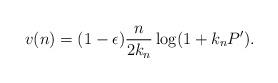
LaTeX: \begin{align*}v(n) = (1- \epsilon) \frac{n}{2 k_n } \log(1 + k_n P') .\end{align*}